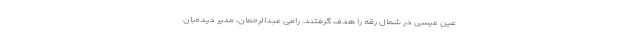
عین عیسی در شمال رقه را هدف گرفتند. رامی عبدالرحمان، مدیر دیده‌بان